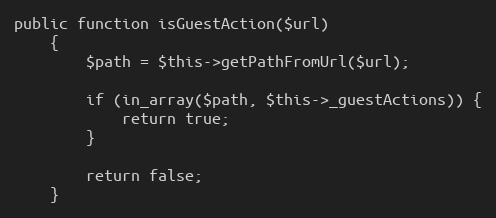
Language: PHP
public function isGuestAction($url)
    {
        $path = $this->getPathFromUrl($url);

        if (in_array($path, $this->_guestActions)) {
            return true;
        }

        return false;
    }